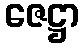
ဇေဋ္ဌာ